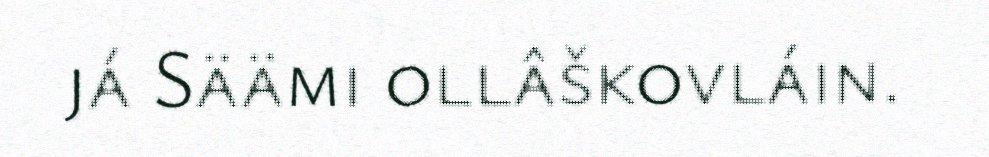
já Säämi ollâškovláin.